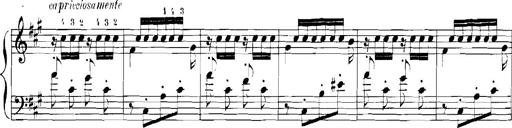
Title: Rhapsodies hongroises
Composer: Franz Liszt